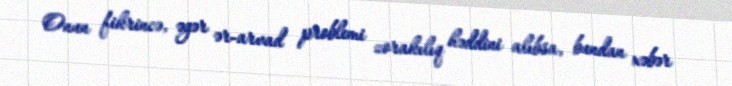
Onun fikrincə, əgər ər-arvad problemi zorakılıq həddini alıbsa, bundan xəbər